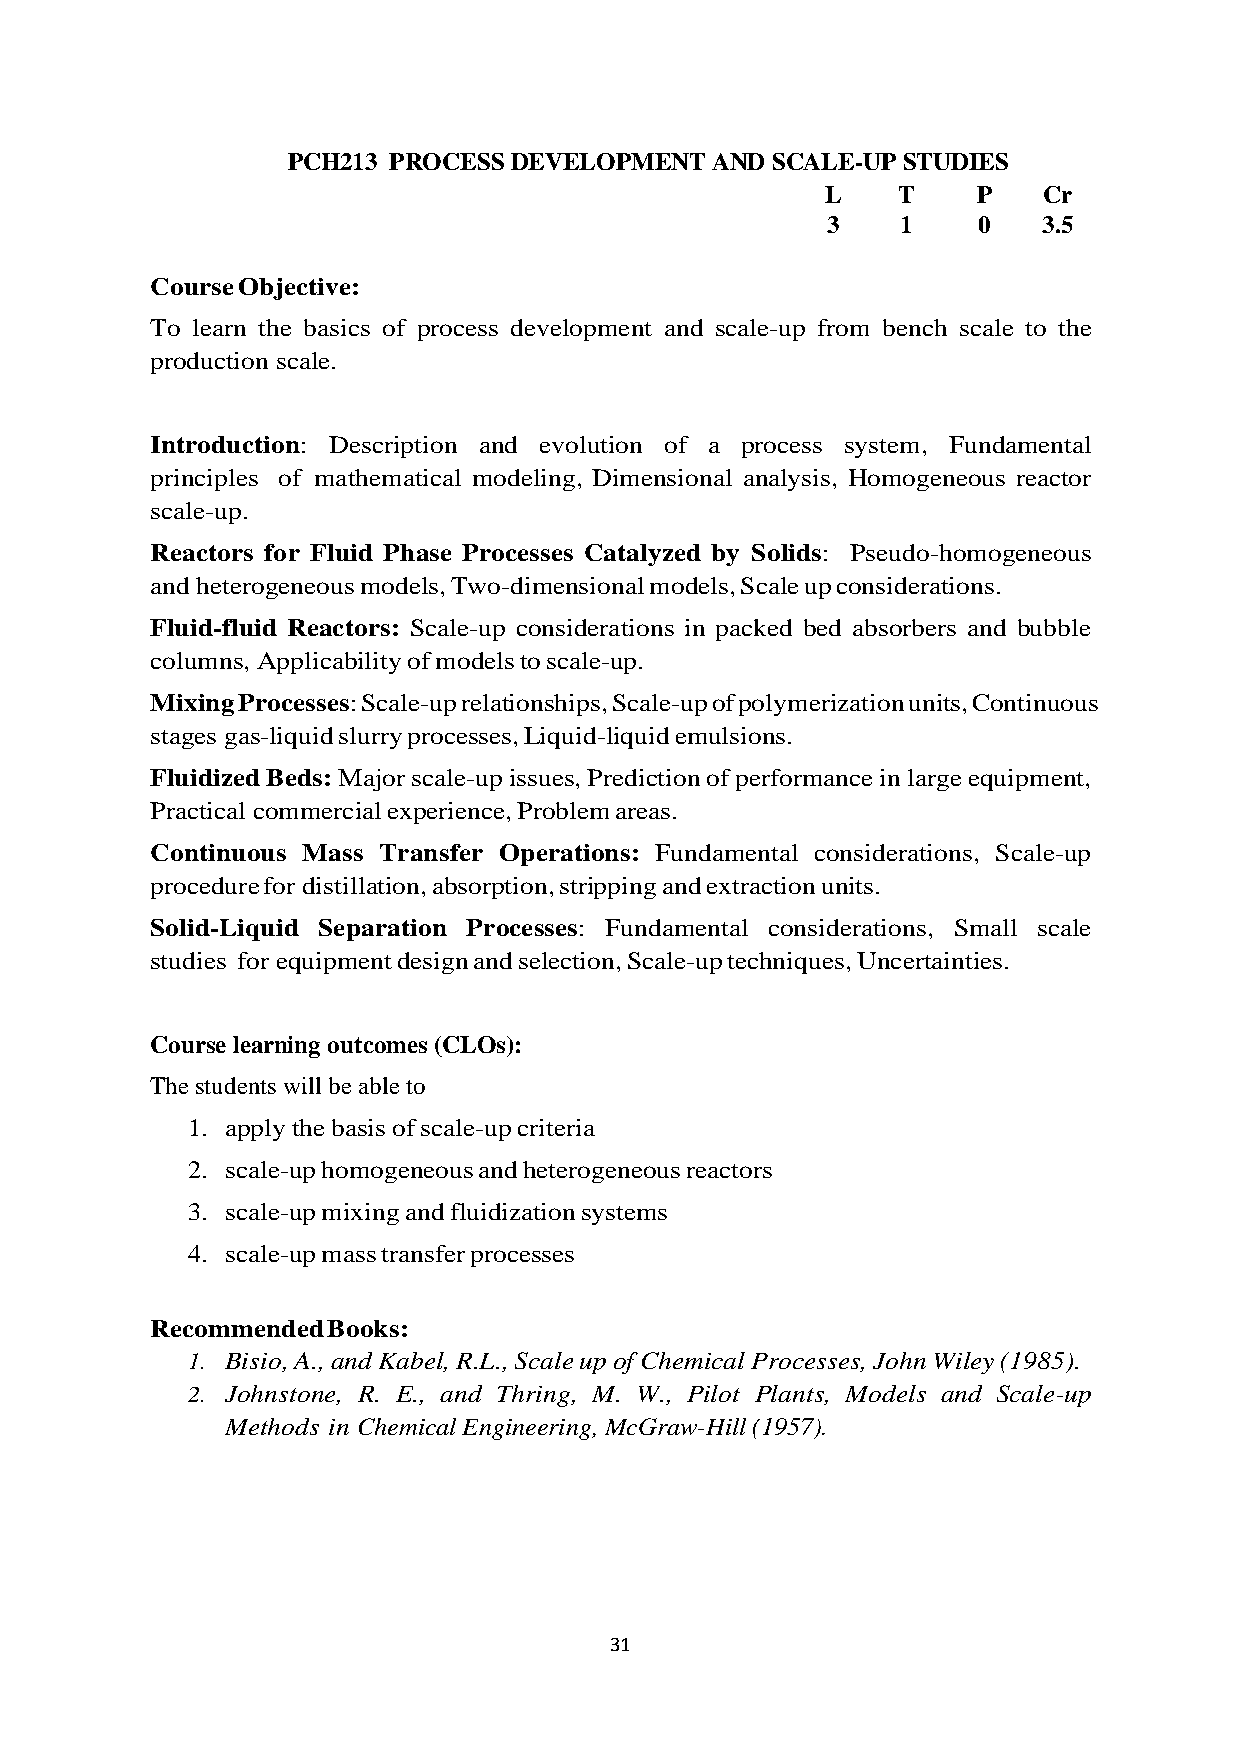
PCH213 PROCESS DEVELOPMENT  AND SCALE-UP STUDIES
 L   T     P   Cr
 3    1    0   3.5
 Course Objective:
 To learn the basics of process development and scale-up from bench scale to the
 production scale.
 Introduction: Description and evolution of a process system, Fundamental
 principles of mathematical modeling, Dimensional analysis, Homogeneous reactor
 scale-up.
 Reactors for Fluid Phase Processes Catalyzed by Solids: Pseudo-homogeneous
 and heterogeneous models, Two-dimensional models, Scale up considerations.
 Fluid-fluid Reactors: Scale-up considerations in packed bed absorbers and bubble
 columns, Applicability of models to scale-up.
 Mixing Processes: Scale-up relationships, Scale-up of polymerization units, Continuous
 stages gas-liquid slurry processes, Liquid-liquid emulsions.
 Fluidized Beds: Major scale-up issues, Prediction of performance in large equipment,
 Practical commercial experience, Problem areas.
 Continuous Mass Transfer Operations: Fundamental considerations, Scale-up
 procedure for distillation, absorption, stripping and extraction units.
 Solid-Liquid Separation Processes: Fundamental considerations, Small scale
 studies for equipment design and selection, Scale-up techniques, Uncertainties.
 Course learning outcomes (CLOs):
 The students will be able to
 1. apply the basis of scale-up criteria
 2. scale-up homogeneous and heterogeneous reactors
 3. scale-up mixing and fluidization systems
 4. scale-up mass transfer processes
 Recommended Books:
 1. Bisio, A., and Kabel, R.L., Scale up of Chemical Processes, John Wiley (1985).
 2. Johnstone, R. E., and Thring, M. W., Pilot Plants, Models and Scale-up
 Methods in Chemical Engineering, McGraw-Hill (1957).
 31